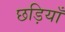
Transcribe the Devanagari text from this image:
छड़ियाँ